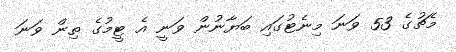
މެޗުގެ 53 ވަނަ މިނެޓުގައި ބަޔާނުން ވަނީ އެ ޓީމުގެ ތިން ވަނަ